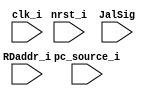
module Jal_reg(
    clk_i,
	nrst_i,
    pc_source_i,
    RDaddr_i,
    JalSig
);

input           clk_i;
input           nrst_i;
input [32-1:0] pc_source_i;
input  [5-1:0]  RDaddr_i;
input           JalSig;

//Internal signals/registers           
reg  signed [32-1:0] REGISTER_BANK [0:32-1];     //32 word registers


always@( posedge clk_i )begin
    if(nrst_i == 0) begin
	    REGISTER_BANK[0]  <= 0; REGISTER_BANK[1]  <= 0; REGISTER_BANK[2]  <= 0; REGISTER_BANK[3]  <= 0;
	    REGISTER_BANK[4]  <= 0; REGISTER_BANK[5]  <= 0; REGISTER_BANK[6]  <= 0; REGISTER_BANK[7]  <= 0;
        REGISTER_BANK[8]  <= 0; REGISTER_BANK[9]  <= 0; REGISTER_BANK[10] <= 0; REGISTER_BANK[11] <= 0;
	    REGISTER_BANK[12] <= 0; REGISTER_BANK[13] <= 0; REGISTER_BANK[14] <= 0; REGISTER_BANK[15] <= 0;
        REGISTER_BANK[16] <= 0; REGISTER_BANK[17] <= 0; REGISTER_BANK[18] <= 0; REGISTER_BANK[19] <= 0;      
        REGISTER_BANK[20] <= 0; REGISTER_BANK[21] <= 0; REGISTER_BANK[22] <= 0; REGISTER_BANK[23] <= 0;
        REGISTER_BANK[24] <= 0; REGISTER_BANK[25] <= 0; REGISTER_BANK[26] <= 0; REGISTER_BANK[27] <= 0;
        REGISTER_BANK[28] <= 0; REGISTER_BANK[29] <= 0; REGISTER_BANK[30] <= 0; REGISTER_BANK[31] <= 0;
	end
    else begin
        if(JalSig) 
            REGISTER_BANK[RDaddr_i] <= pc_source_i;	
	end
end
endmodule